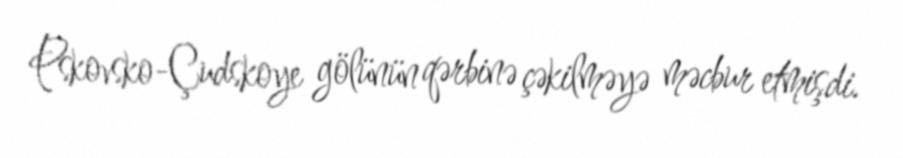
Pskovsko-Çudskoye gölünün qərbinə çəkilməyə məcbur etmişdi.